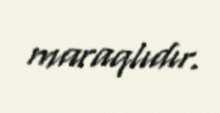
maraqlıdır.